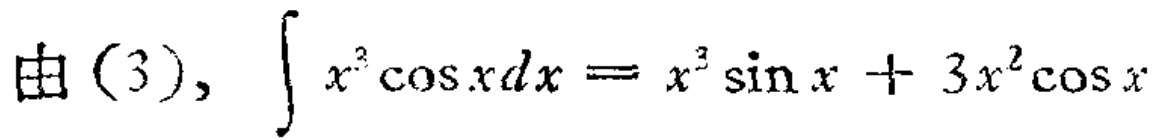
由(3), \(\int x^{3}\cos xdx = x^{3}\sin x + 3x^{2}\cos x\)